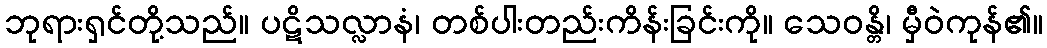
ဘုရားရှင်တို့သည်။ ပဋိသလ္လာနံ၊ တစ်ပါးတည်းကိန်းခြင်းကို။ သေဝန္တိ၊ မှီဝဲကုန်၏။